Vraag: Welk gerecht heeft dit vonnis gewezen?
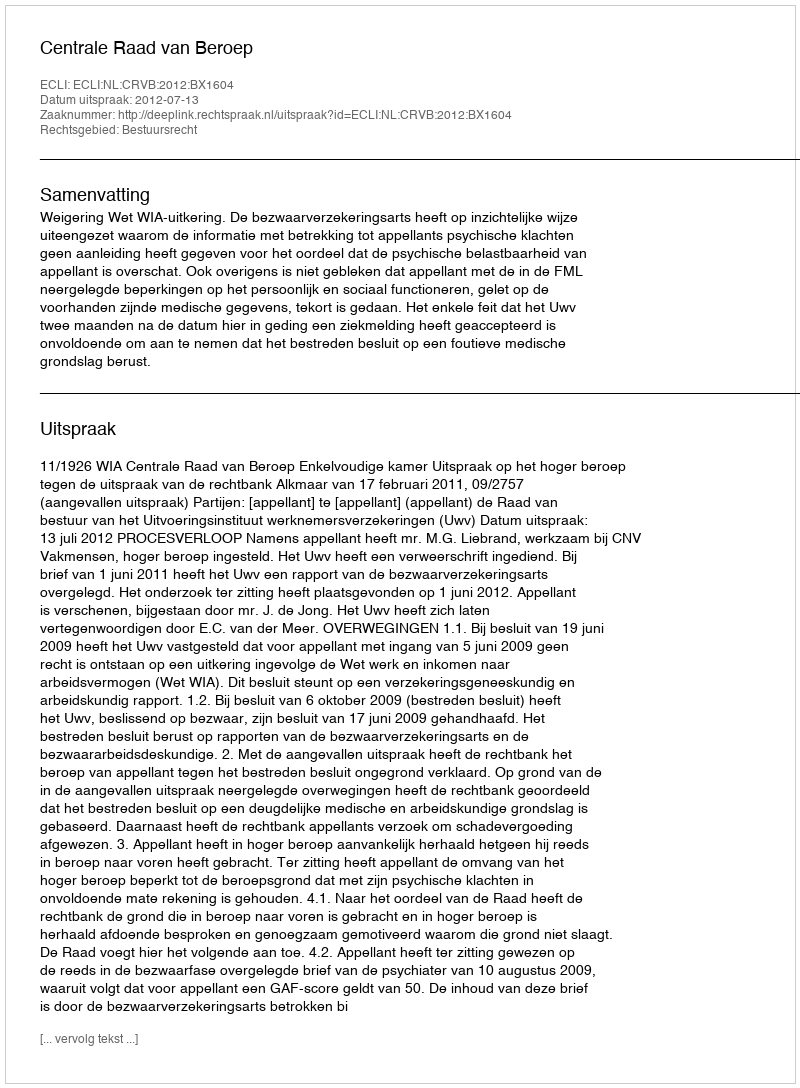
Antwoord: Centrale Raad van Beroep